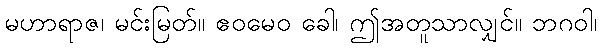
မဟာရာဇ၊ မင်းမြတ်။ ဧဝမေဝ ခေါ၊ ဤအတူသာလျှင်။ ဘဂဝါ၊